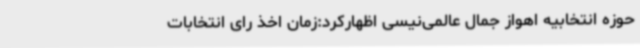
حوزه انتخابیه اهواز جمال عالمی‌نیسی اظهارکرد:زمان اخذ رای انتخابات